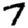
Digit: 7